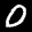
Label: 0